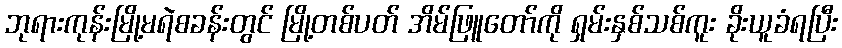
ဘုရားကုန်းမြို့မရဲစခန်းတွင် မြို့တစ်ပတ် အိမ်ဖြူတော်ကို ရှမ်းနှစ်သစ်ကူး ခိုးယူခံရပြီး